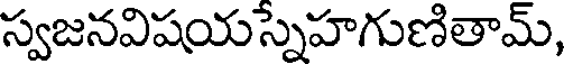
స్వజనవిషయస్నేహగుణితామ్,